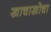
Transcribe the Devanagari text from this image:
खाचाखोचा